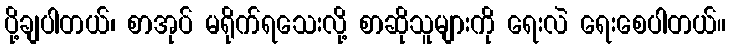
ပို့ချပါတယ်၊ စာအုပ် မရိုက်ရသေးလို့ စာဆိုသူများကို ရေးလဲ ရေးစေပါတယ်။